Vaccination in Burma 1889-1999 - 1889-1999
Year: 1889
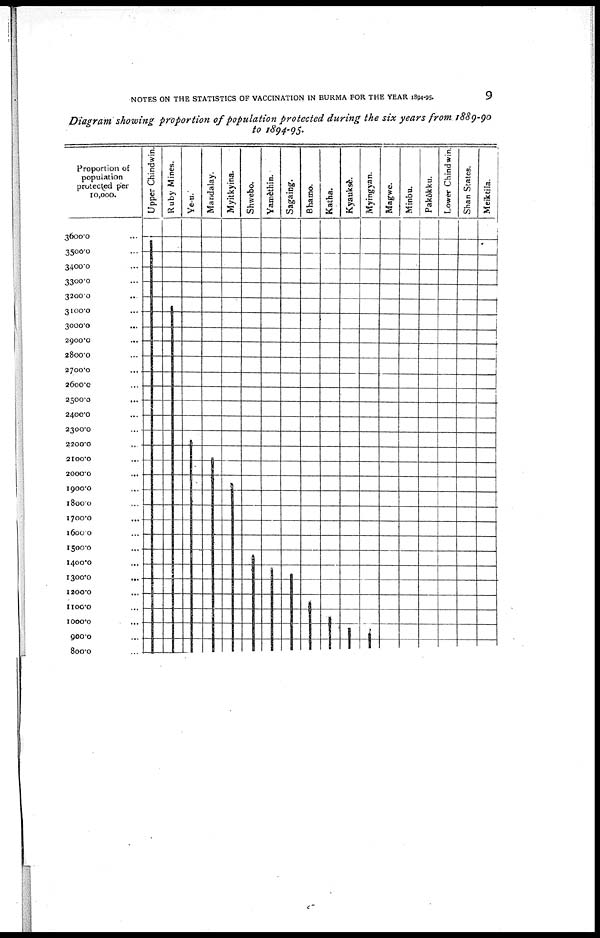
NOTES ON THE STATISTICS OF VACCINATION IN BURMA FOR THE YEAR 1894-95.
9
Diagram showing proportion of population protected during the six years from 1889-90
to 1894-95.